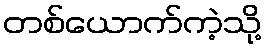
တစ်ယောက်ကဲ့သို့